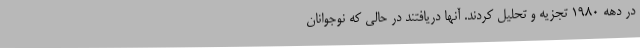
در دهه ۱۹۸۰ تجزیه و تحلیل کردند. آنها دریافتند در حالی که نوجوانان